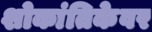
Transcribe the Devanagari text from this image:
शोकांतिकेवर